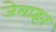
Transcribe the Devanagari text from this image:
जेमाइन